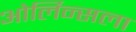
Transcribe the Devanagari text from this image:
ओर्लिन्सला